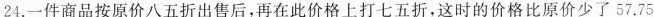
24.一件商品按原价八五折出售后，再在此价格上打七五折，这时的价格比原价少了57.75